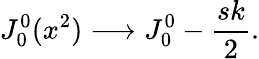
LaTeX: J_{0}^{0}(x^{2})\longrightarrow J_{0}^{0}-{\frac{sk}{2}}.